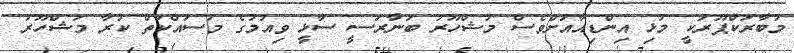
މުބާރަކްޕޫރަކީ މުޅި އިންޑިއާއަށްވެސް މަޝްހޫރު ބަނާރަސީ ސާޅީ ވިއުމުގެ މަސައްކަތް ކުރާ މަޝްހޫރު